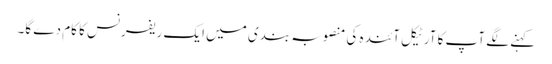
کہنے لگے آپ کا آرٹیکل آئندہ کی منصوبہ بندی میں ایک ریفرنس کا کام دے گا۔